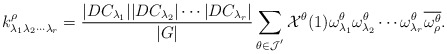
\begin{align*}k_{\lambda_1\lambda_2\cdots\lambda_r}^\rho=\frac{|DC_{\lambda_1}||DC_{\lambda_2}|\cdots|DC_{\lambda_r}|}{|G|}\sum_{\theta\in \mathcal{J}^{'}}\mathcal{X}^\theta(1)\omega^\theta_{\lambda_1} \omega^\theta_{\lambda_2}\cdots \omega^\theta_{\lambda_r}\overline{\omega^{\theta}_\rho}.\end{align*}